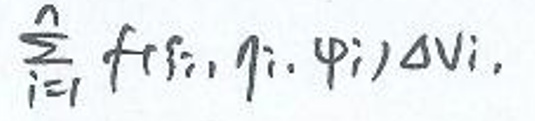
\(\sum _ { i = 1 } ^ { n } f ( \xi _ { i }, \eta _ { i }, \psi _ { i } ) \Delta v _ { i }\)